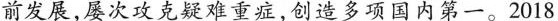
前发展，屡次攻克疑难重症，创造多项国内第一。2018